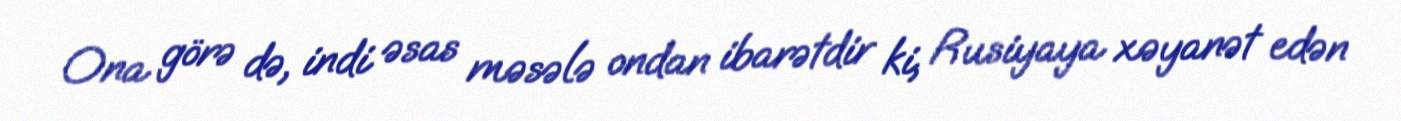
Ona görə də, indi əsas məsələ ondan ibarətdir ki, Rusiyaya xəyanət edən